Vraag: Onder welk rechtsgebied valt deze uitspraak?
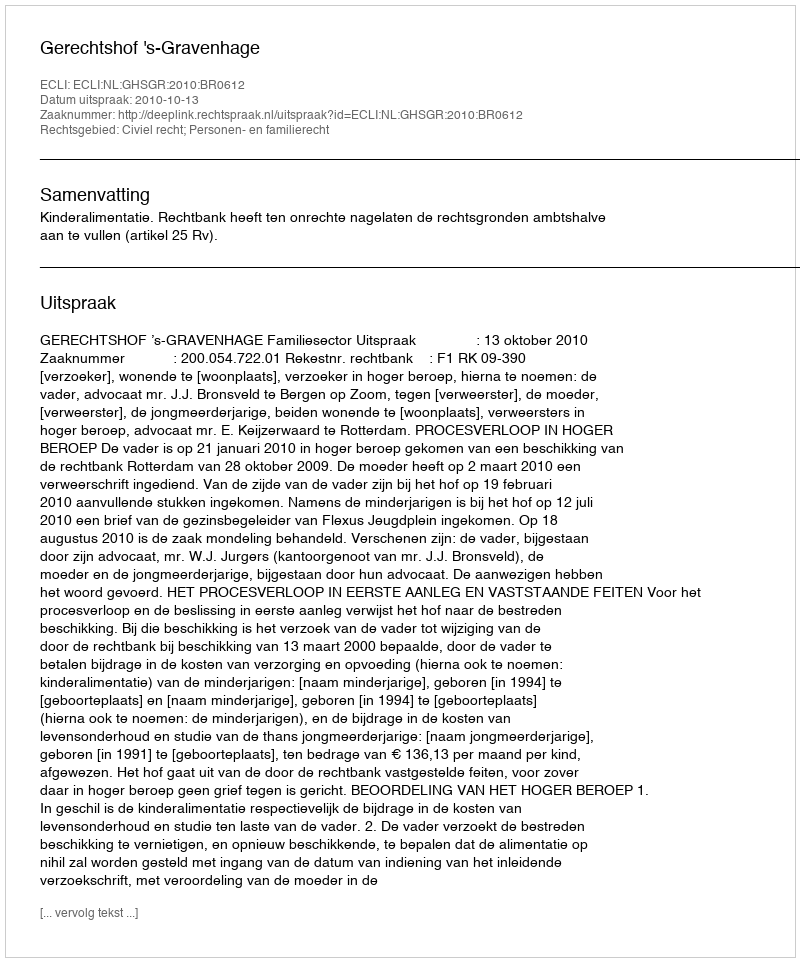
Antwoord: Civiel recht; Personen- en familierecht